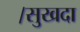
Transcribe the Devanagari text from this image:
।सुखदा